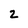
Character: 2